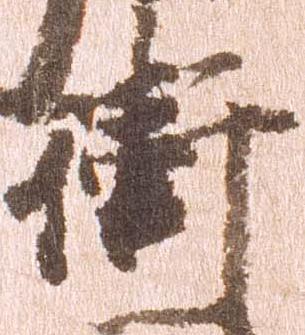
衛